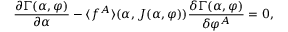
{ \frac { \partial \Gamma ( \alpha , \varphi ) } { \partial \alpha } } - \langle f ^ { A } \rangle ( \alpha , J ( \alpha , \varphi ) ) { \frac { \delta \Gamma ( \alpha , \varphi ) } { \delta \varphi ^ { A } } } = 0 ,